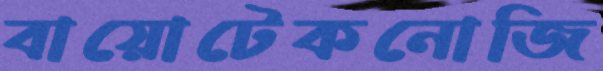
বায়োটেকনোজি